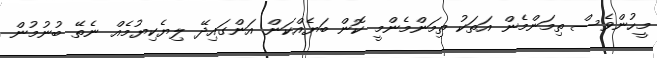
މީހުންވެސް ތިމަންމެން އަތަކު ތިމަންމެންމީ ކޮން ބަޔެއްކަން އަންގައިދޭ ލިޔެކިޔުމެއް ނެތޭ ބުނުމުން